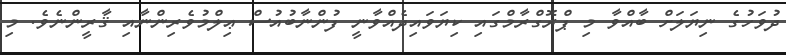
ދުވަހުގެ ނިޔަލަށް ބާއްވާ މި ޕްރޮގްރާމްގައި ކިޔަވައިދެއްވާނީ ފުންނާބުއުސް ޢިލްމުވެރިންނާއި ޤާރީންނެވެ. މި